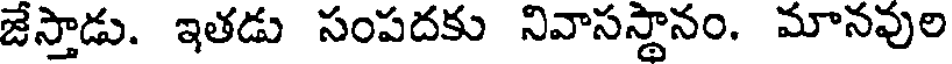
జేస్తాడు. ఇతడు సంపదకు నివాసస్థానం. మానవుల